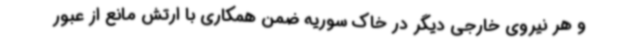
و هر نیروی خارجی دیگر در خاک سوریه ضمن همکاری با ارتش مانع از عبور